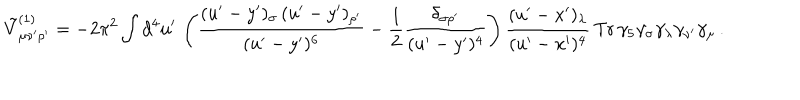
LaTeX: \tilde { V } _ { \mu \nu ^ { \prime } \rho ^ { \prime } } ^ { ( 1 ) } = - 2 \pi ^ { 2 } \int d ^ { 4 } u ^ { \prime } \, \left( \frac { ( u ^ { \prime } - y ^ { \prime } ) _ { \sigma } \, ( u ^ { \prime } - y ^ { \prime } ) _ { \rho ^ { \prime } } } { ( u ^ { \prime } - y ^ { \prime } ) ^ { 6 } } - \frac { 1 } { 2 } \frac { \delta _ { \sigma \rho ^ { \prime } } } { ( u ^ { \prime } - y ^ { \prime } ) ^ { 4 } } \right) \frac { ( u ^ { \prime } - x ^ { \prime } ) _ { \lambda } } { ( u ^ { \prime } - x ^ { \prime } ) ^ { 4 } } \, \mathrm { T r } \, \gamma _ { 5 } \gamma _ { \sigma } \gamma _ { \lambda } \gamma _ { \nu ^ { \prime } } \gamma _ { \mu } \, .